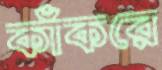
কাঁকরে